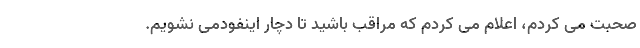
صحبت می کردم، اعلام می کردم که مراقب باشید تا دچار اینفودمی نشویم.